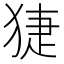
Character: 𤟃